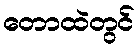
တောထဲတွင်